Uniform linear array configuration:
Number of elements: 12
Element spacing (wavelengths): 1
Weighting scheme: cosine
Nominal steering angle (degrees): -60
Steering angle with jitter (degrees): -58.544
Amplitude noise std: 0.05
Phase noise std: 0.05

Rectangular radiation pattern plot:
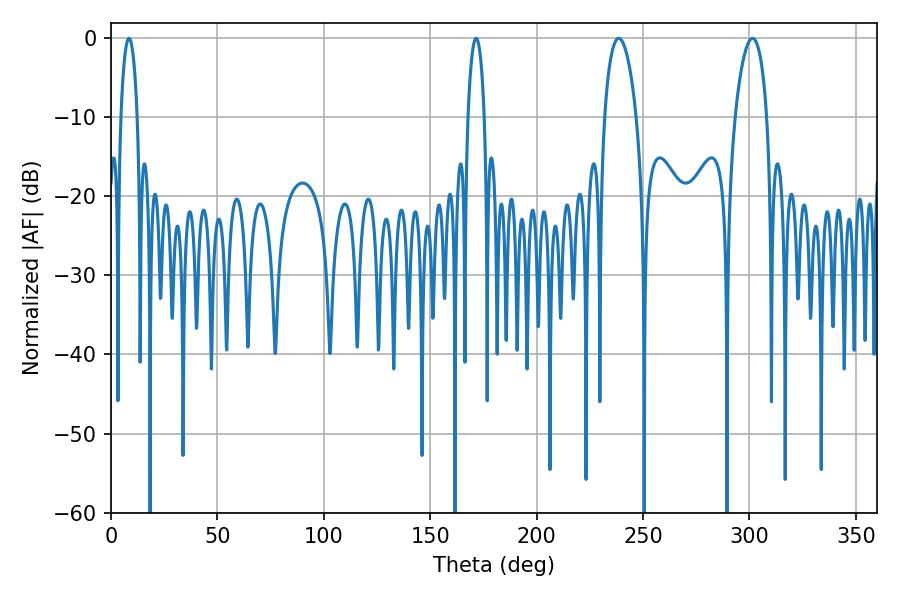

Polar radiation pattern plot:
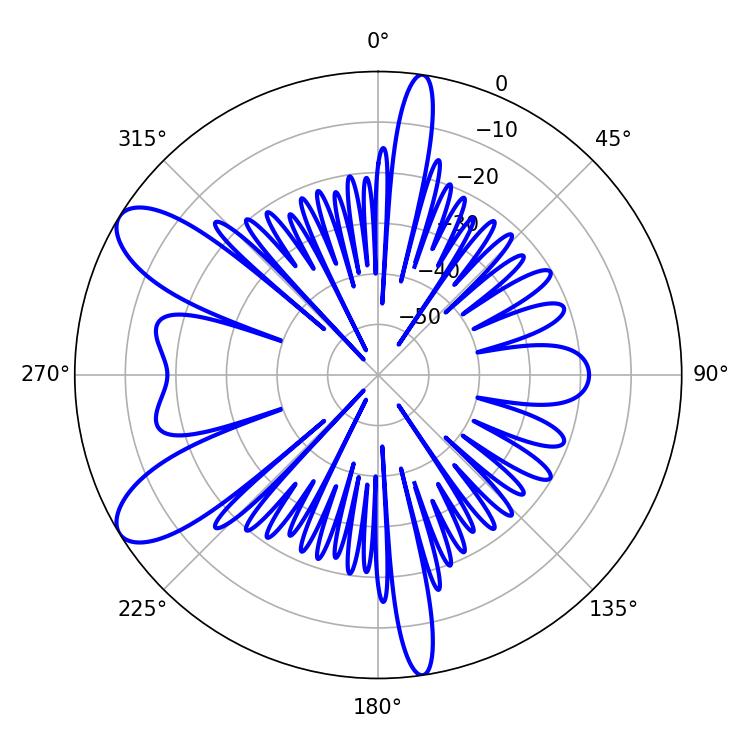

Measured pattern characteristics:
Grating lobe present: TRUE
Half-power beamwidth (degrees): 4.32
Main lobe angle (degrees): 8.46